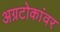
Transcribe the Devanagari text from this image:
अग्रटोकांवर